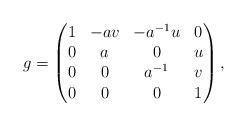
LaTeX: \begin{align*}g=\begin{pmatrix}1&-av&-a^{-1}u&0\\0&a&0&u\\0&0&a^{-1}&v\\0&0&0&1\end{pmatrix},\end{align*}